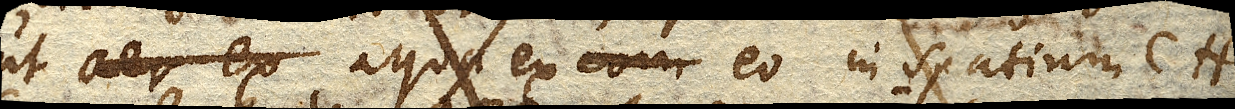
ut aer ex aqua ex eo in spatium CH.